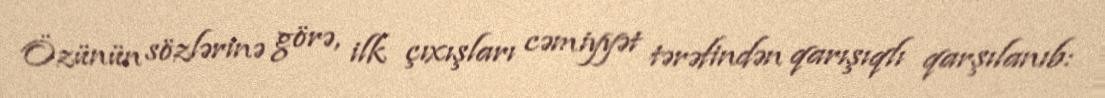
Özünün sözlərinə görə, ilk çıxışları cəmiyyət tərəfindən qarışıqlı qarşılanıb: